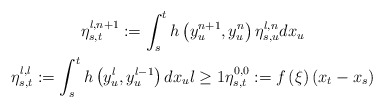
\begin{gather*}\eta _{s,t}^{l,n+1}:=\int_{s}^{t}h\left( y_{u}^{n+1},y_{u}^{n}\right) \eta_{s,u}^{l,n}dx_{u} \\\eta _{s,t}^{l,l}:=\int_{s}^{t}h\left(y_{u}^{l},y_{u}^{l-1}\right) dx_{u}l\geq 1\eta_{s,t}^{0,0}:=f\left( \xi \right) \left( x_{t}-x_{s}\right) \end{gather*}